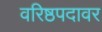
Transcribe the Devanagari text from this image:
वरिष्ठपदावर